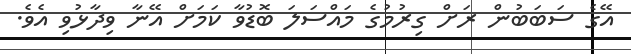
އޭގެ ސަބަބުން ރަށް ގިރުމުގެ މައްސަލަ ބޮޑުވާ ކަމަށް އޭނާ ވިދާޅުވި އެވެ.